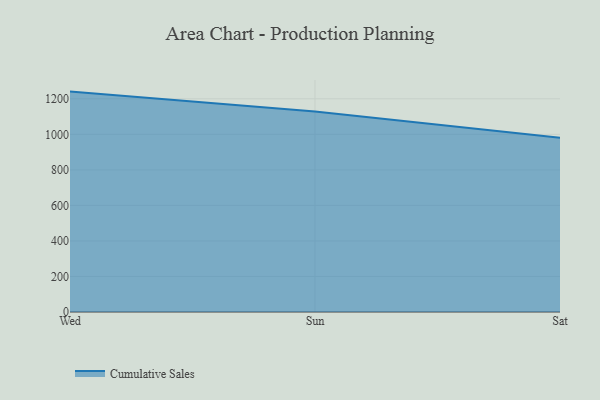
{"axis": {"x": "Day", "y": "Temperature (°C)"}, "legend": ["Cumulative Sales"], "data": [{"x": "Wed", "y": 1240.6, "type": "Cumulative Sales"}, {"x": "Sun", "y": 1128.0, "type": "Cumulative Sales"}, {"x": "Sat", "y": 980.8, "type": "Cumulative Sales"}]}